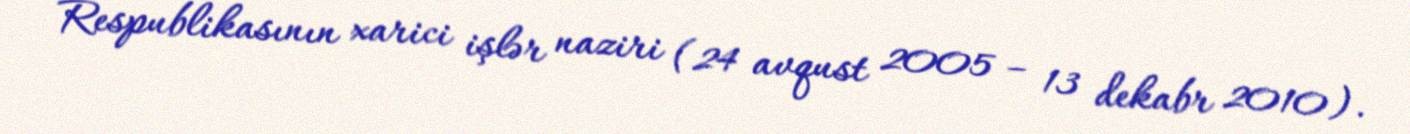
Respublikasının xarici işlər naziri (24 avqust 2005 – 13 dekabr 2010).